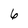
Character: 6